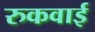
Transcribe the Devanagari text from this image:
रुकवाई